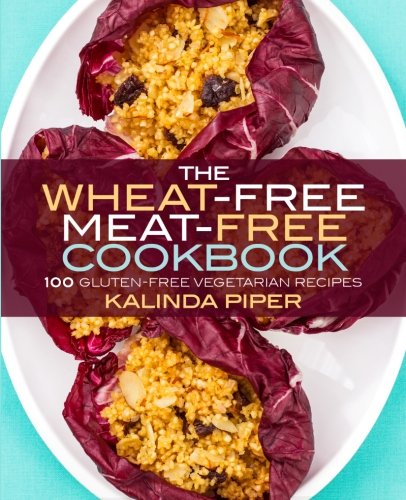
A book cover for The Wheat-Free Meat-Free Cookbook: 100 Gluten-Free Vegetarian Recipes; Kalinda Piper; Cookbooks, Food & Wine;